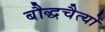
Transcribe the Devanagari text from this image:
बौद्धचैत्यों